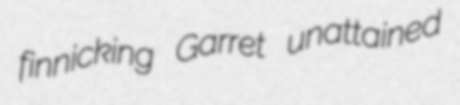
finnicking Garret unattained